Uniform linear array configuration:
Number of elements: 12
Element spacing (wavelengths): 0.75
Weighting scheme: exponential
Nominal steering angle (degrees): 30
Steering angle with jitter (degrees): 31.95
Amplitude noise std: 0.05
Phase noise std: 0.05

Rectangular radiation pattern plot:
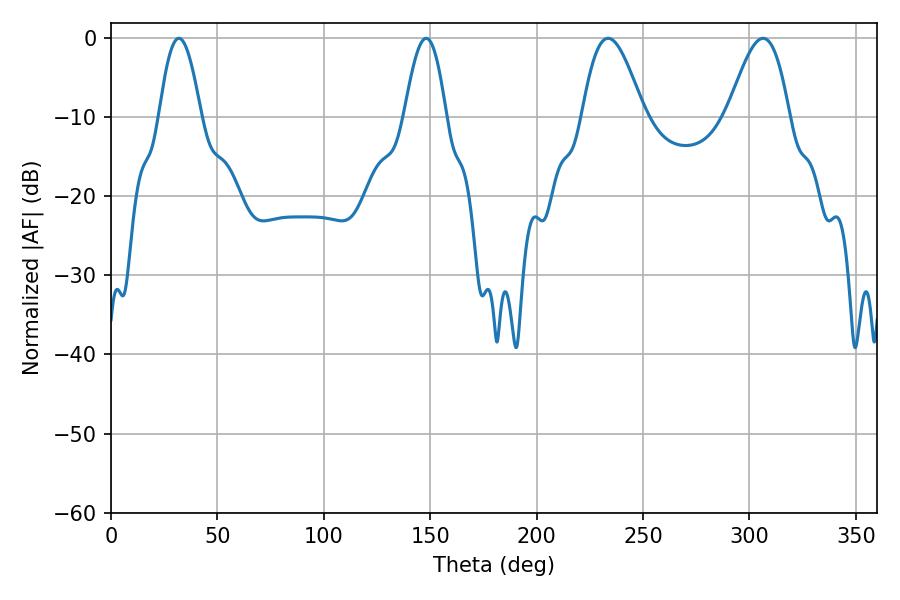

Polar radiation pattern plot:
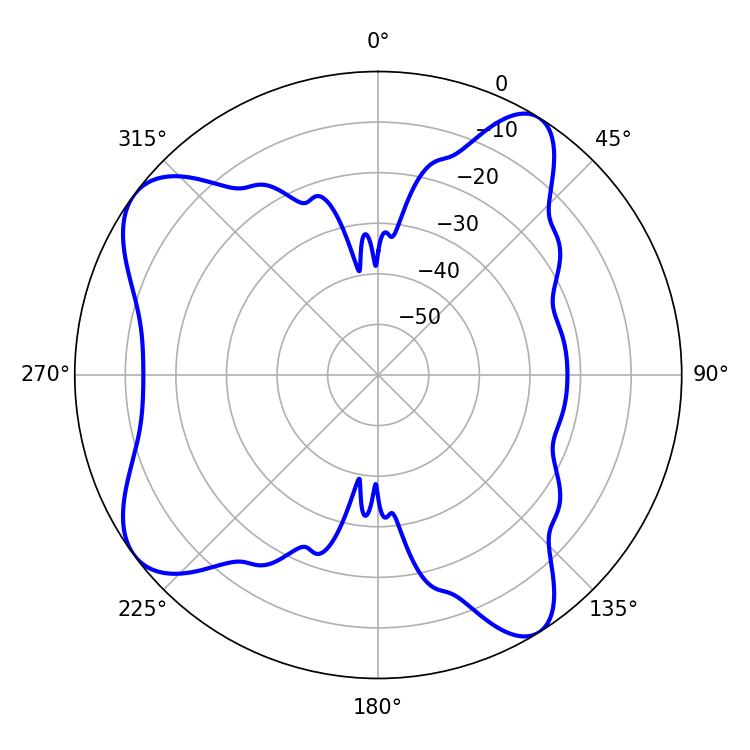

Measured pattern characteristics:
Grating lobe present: TRUE
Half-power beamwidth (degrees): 15.48
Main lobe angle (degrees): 233.64